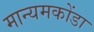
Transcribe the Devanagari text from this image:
मान्यमकोंडा